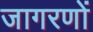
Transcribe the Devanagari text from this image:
जागरणों